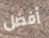
أفضل